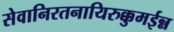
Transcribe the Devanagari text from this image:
सेवानिरतनायिरुक्कुमईन्न